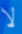
لا